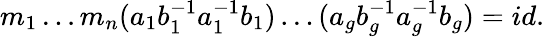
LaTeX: m_{1}\ldots m_{n}(a_{1}b_{1}^{-1}a_{1}^{-1}b_{1})\ldots(a_{g}b_{g}^{-1}a_{g}^{-1}b_{g})=id.